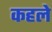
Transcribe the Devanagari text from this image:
कहले